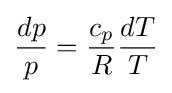
{\frac {dp}{p}}={{\frac {c_{p}}{R}}{\frac {dT}{T}}}